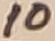
Text: 10